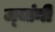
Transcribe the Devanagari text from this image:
ज्‍यांनी